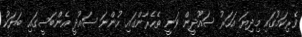
ވެރިކަމުގައި މިދިޔަ އަހަރު ސައޫދީން ވަނީ ތެހެރާންގައި ހުންނަ ސައޫދީ އެންބަސީގައި ބަޔަކު